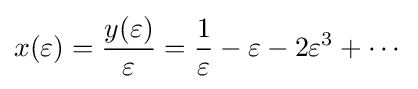
x(\varepsilon )={\frac {y(\varepsilon )}{\varepsilon }}={\frac {1}{\varepsilon }}-\varepsilon -2\varepsilon ^{3}+\cdots